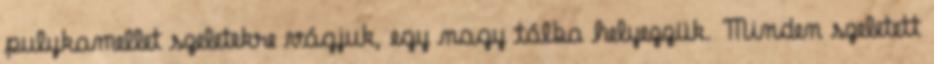
pulykamellet szeletekre vágjuk, egy nagy tálba helyezzük. Minden szeletett